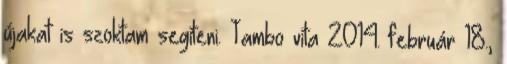
újakat is szoktam segíteni. Tambo vita 2014. február 18.,